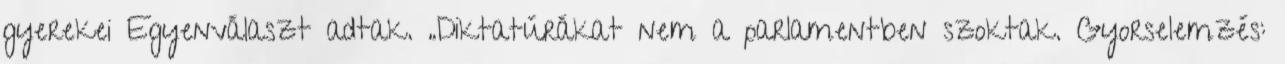
gyerekei Egyenválaszt adtak. „Diktatúrákat nem a parlamentben szoktak. Gyorselemzés: